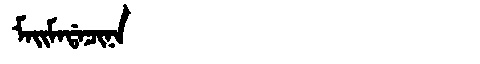
Manchu: ᠮᠠᡳᠮᠠᡩᠠᠴᡳᠨᠠ
Romanization: MAIMADACINA